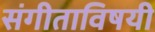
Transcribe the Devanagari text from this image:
संगीताविषयी